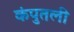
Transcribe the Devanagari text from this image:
कंपुतली